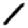
Digit: 1